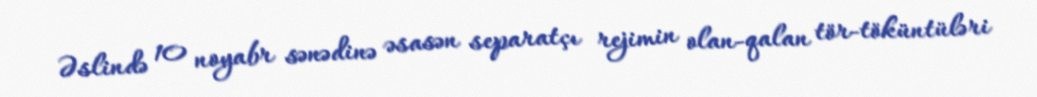
Əslində 10 noyabr sənədinə əsasən separatçı rejimin olan-qalan tör-töküntüləri